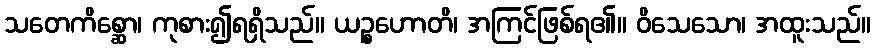
သတေကိစ္ဆော၊ ကုစား၍ရရှိသည်။ ယဉ္စဟောတိ၊ အကြင်ဖြစ်ရ၏။ ဝိသေသော၊ အထူးသည်။